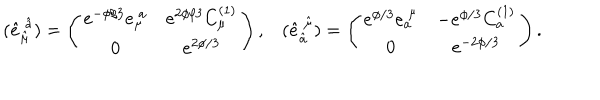
LaTeX: \left. \begin{array} { c c } { { ( \hat { e } _ { \hat { \mu } } ^ { \ \hat { a } } ) = \left( \begin{array} { c c } { { e ^ { - \phi / 3 } e _ { \mu } ^ { \ a } } } & { { e ^ { 2 \phi / 3 } C _ { \mu } ^ { ( 1 ) } } } \\ { { 0 } } & { { e ^ { 2 \phi / 3 } } } \\ \end{array} \right) , } } & { { ( \hat { e } _ { \hat { a } } ^ { \ \hat { \mu } } ) = \left( \begin{array} { c c } { { e ^ { \phi / 3 } e _ { a } ^ { \ \mu } } } & { { - e ^ { \phi / 3 } C _ { a } ^ { ( 1 ) } } } \\ { { 0 } } & { { e ^ { - 2 \phi / 3 } } } \\ \end{array} \right) . } } \\ \end{array} \right.